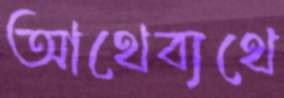
আথেব্যথে